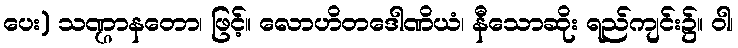
ပေး) သဏ္ဌာနတော၊ ဖြင့်။ လောဟိတဒေါဏိယံ၊ နီသောဆိုး ရည်ကျင်း၌။ ဝါ၊